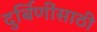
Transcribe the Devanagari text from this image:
दुर्बिणींसाठी